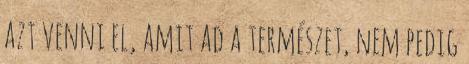
azt venni el, amit ad a természet, nem pedig